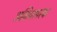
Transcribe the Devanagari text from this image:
अभिधापरक